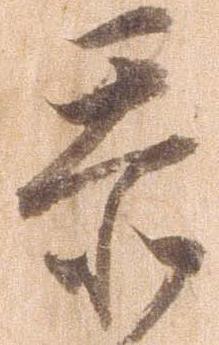
忝